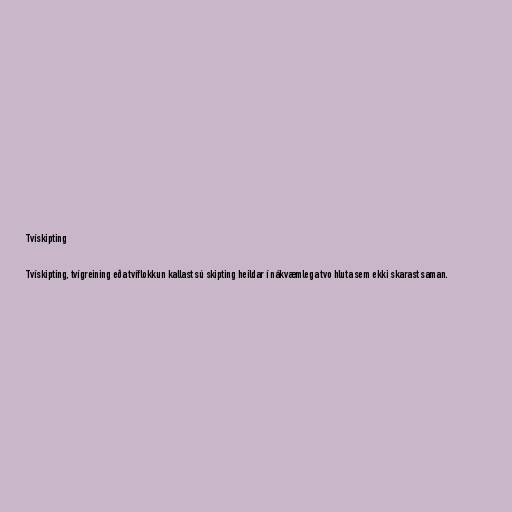
Tvískipting

Tvískipting, tvígreining eða tvíflokkun kallast sú skipting heildar í nákvæmlega tvo hluta sem ekki skarast saman.